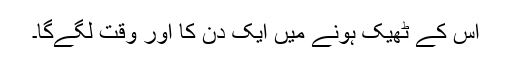
اس کے ٹھیک ہونے میں ایک دن کا اور وقت لگے‌گا۔